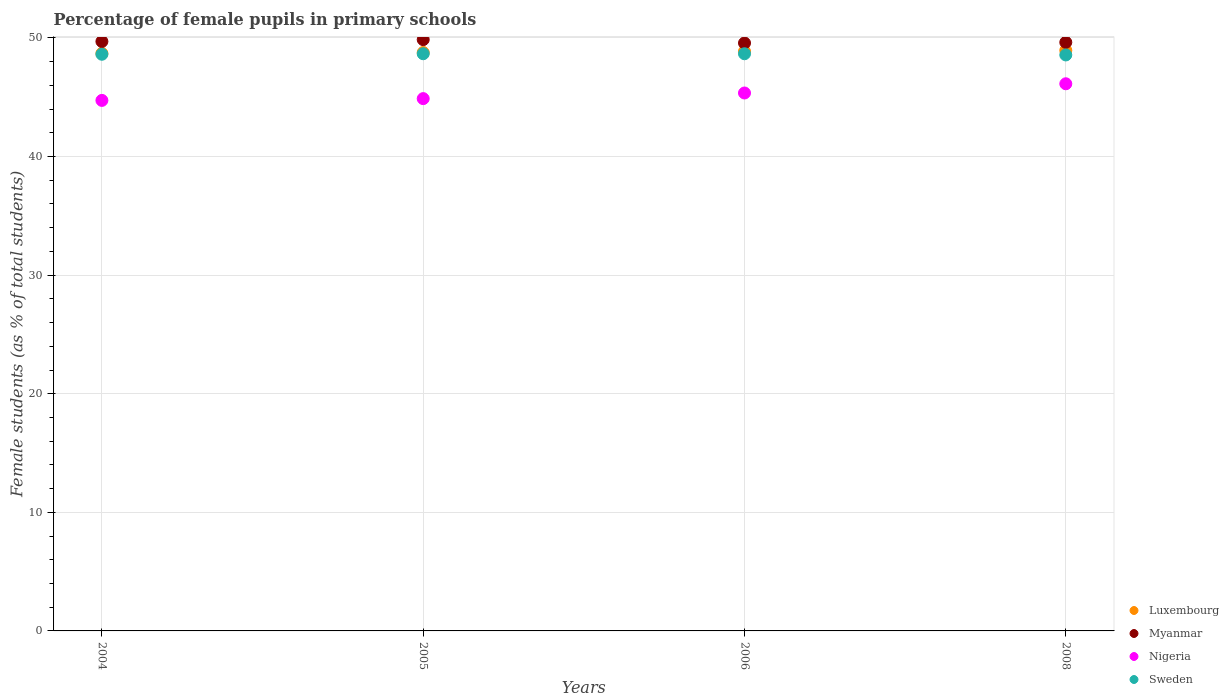
| Years | Luxembourg | Myanmar | Nigeria | Sweden |
 | --- | --- | --- | --- | --- |
 | 2004 | 48.7 | 49.7 | 44.7 | 48.6 |
 | 2005 | 48.8 | 49.9 | 44.9 | 48.7 |
 | 2006 | 48.9 | 49.6 | 45.4 | 48.7 |
 | 2008 | 49 | 49.6 | 46.1 | 48.6 |